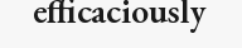
efficaciously